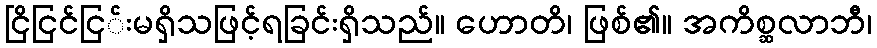
ငြိငြင်ငြ်းမရှိသဖြင့်ရခြင်းရှိသည်။ ဟောတိ၊ ဖြစ်၏။ အကိစ္ဆလာဘီ၊